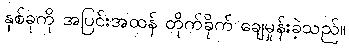
နှစ်ခုကို အပြင်းအထန် တိုက်ခိုက် ချေမှုန်းခဲ့သည်။